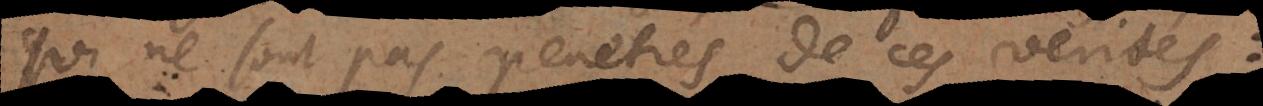
qui ne sont pas penétrés de ces verités: